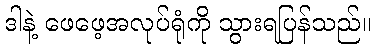
ဒါနဲ့ ဖေဖေ့အလုပ်ရုံကို သွားရပြန်သည်။